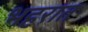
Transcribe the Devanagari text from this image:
भहरात